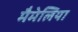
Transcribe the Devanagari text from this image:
मैमेलिया